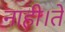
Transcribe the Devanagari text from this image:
नाही।ते